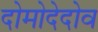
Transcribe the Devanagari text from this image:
दोमोदेदोव